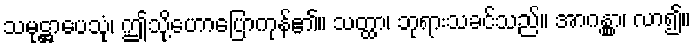
သမုဋ္ဌာပေသုံ၊ ဤသို့ဟောပြောကုန်၏။ သတ္ထာ၊ ဘုရားသခင်သည်။ အာဂန္တွာ၊ လာ၍။